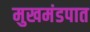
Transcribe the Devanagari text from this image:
मुखमंडपात